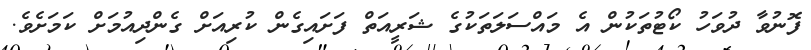
ފޮނުވާ ދުވަހު ކޯޓުތަކުން އެ މައްސަލަަތަކުގެ ޝަރީއަތް ފަށައިގެން ކުރިއަށް ގެންދިއުމަށް ކަމަށެވެ.